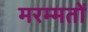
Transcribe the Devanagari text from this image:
मरम्मतों